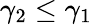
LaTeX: \gamma_{2}\leq\gamma_{1}